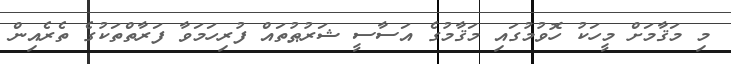
މި މަޤާމަށް މީހަކު ހޮވުމުގައި މަޤާމުގެ އަސާސީ ޝަރުޠުތައް ފުރިހަމަވާ ފަރާތްތަކުގެ ތެރެއިން